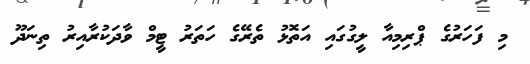
މި ފަހަރުގެ ޕްރިމިއާ ލީގުގައި އަތޮޅު ތެރޭގެ ހަތަރު ޓީމް ވާދަކުރާއިރު ތިނަދޫ